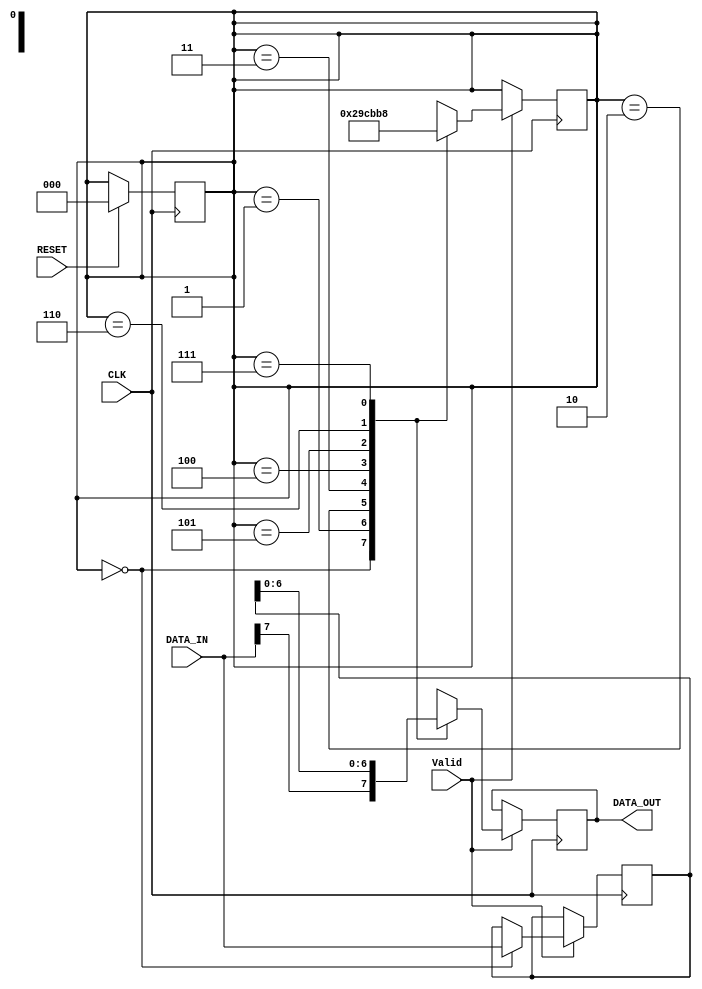

module parallel_serial_cond
  (
   //inputs
   input wire [7:0] DATA_IN,
   input wire 	    CLK,
   input wire 	    RESET, 
   input wire		Valid,
   //outputs
   output reg 	    DATA_OUT
   );

   reg [2:0] 	    rCurrentState, rNextState;
   reg [7:0] 	    rBuffer;

	always @(posedge CLK)
		begin
			if ( RESET)				
				begin
					rCurrentState <= 0;
				end
		end
			
	always @(posedge CLK)
		begin
			if(Valid)
				begin
					case (rCurrentState)
						0:
							begin
								rBuffer <= DATA_IN;
								DATA_OUT <= DATA_IN[7];
								rCurrentState <= 1;
							end
						1: 
							begin
								DATA_OUT <= rBuffer[6];
								rCurrentState <= 2;
							end
						2:
							begin
								DATA_OUT <= rBuffer[5];
								rCurrentState <= 3;
							end
						3:
							begin
								DATA_OUT <= rBuffer[4];
								rCurrentState <= 4;
							end
						4:
							begin
								DATA_OUT <= rBuffer[3];
								rCurrentState <= 5;
							end
						5:
							begin
								DATA_OUT <= rBuffer[2];
								rCurrentState <= 6;
							end
						6:
							begin
								DATA_OUT <= rBuffer[1];
								rCurrentState <= 7;
							end
						7:
							begin
								DATA_OUT <= rBuffer[0];
								rCurrentState <= 0;
							end
						default:
							begin
								rCurrentState <= 0;
							end
					endcase // casex (woResult)
				end
		end

		
endmodule